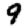
Digit: 9